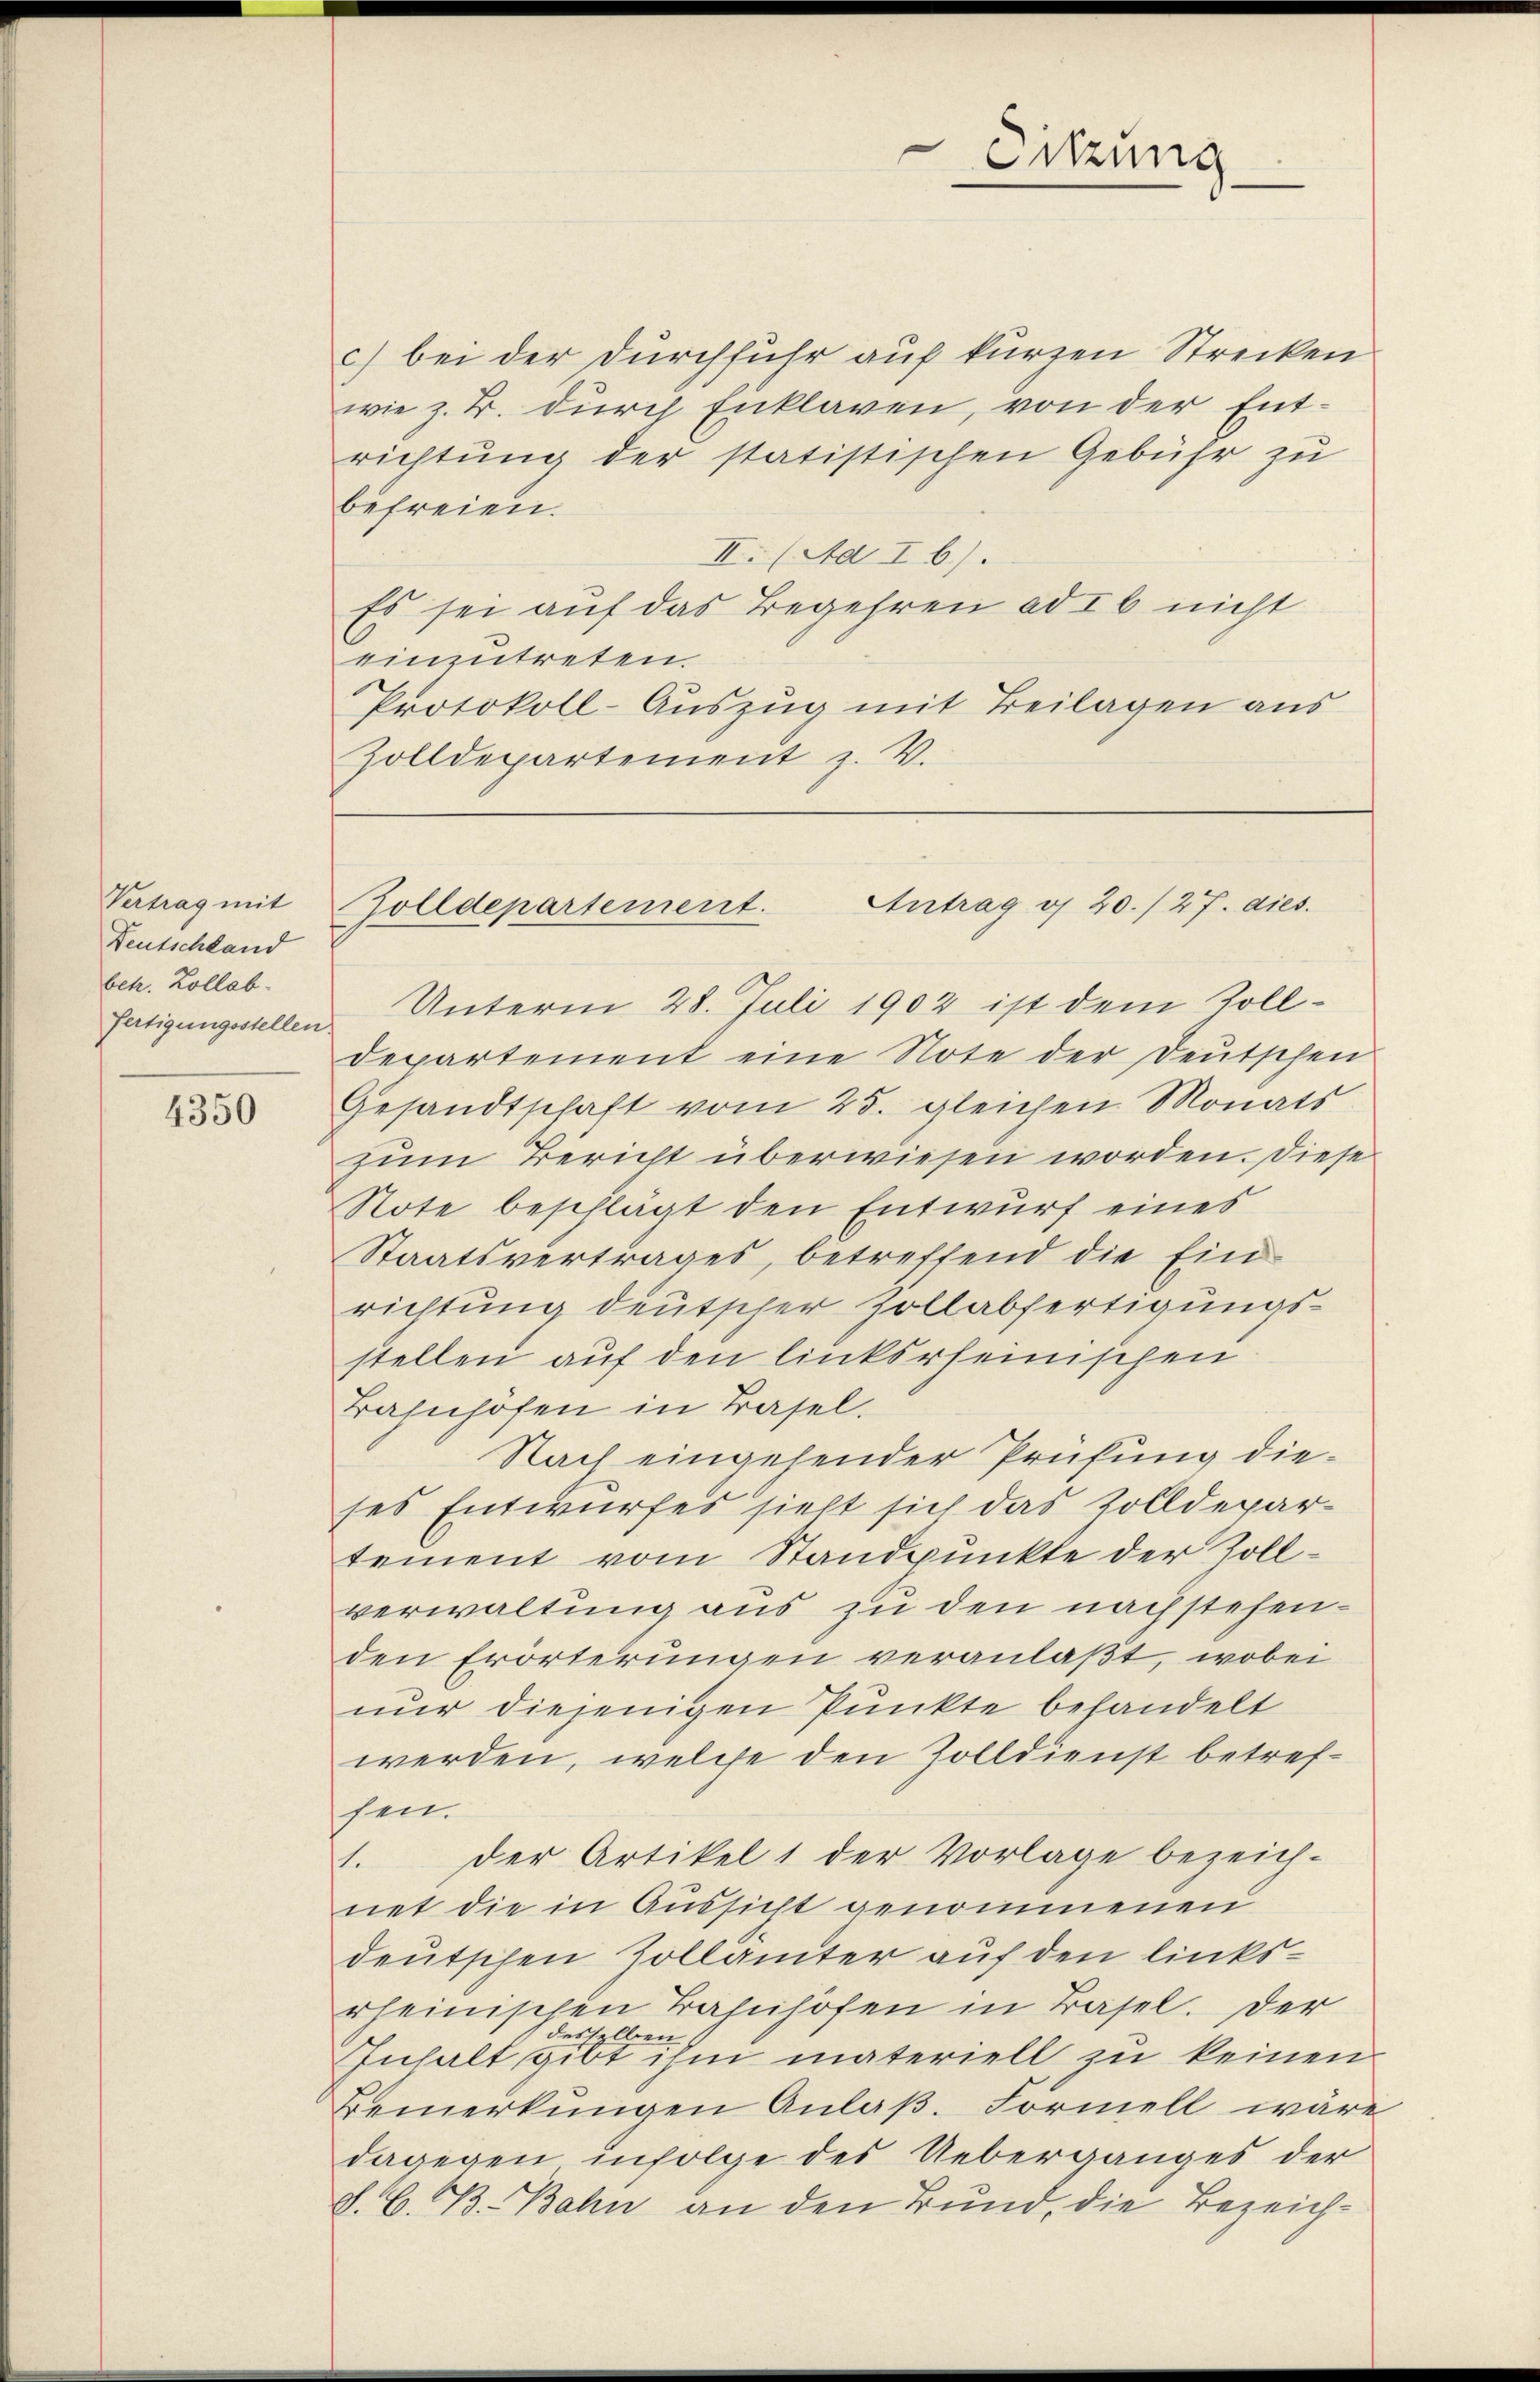
Vertrag mit
Deutschland
betr. Zollab.
fertigungsstellen

4350

c) bei der Durchführ auf kurzen Strecken
wie z. B. durch Enklaren, von der Entrichtung der statistischen Gebühr zu
befreien.
II. (Ad Ib).
Es sei auf das Begehren ad Ib nicht
einzutreten.
Protokoll-Auszug mit Beilagen aus
Zolldepartement z. V.

Sitzung

Antrag i 20./27. dies
Zolldepartement.

Unterm 28. Juli 1902 ist dem Solldepartement eine Note der Deutschen
Gesandtschaft vom 25. gleichen Monats
zum Bericht überwiesen worden. Diese
Note beschlagt den Entwurf eines
Staatsvertrages, betreffend die Ein
richtung deutscher Zollabfertigungsstellen auf den linksrheinischen
Bahnhöfen in Basel.
Nach eingehender Prüfung dieses Entwurfes hielt sich das Zolldepartement vom Standpunkte der Zollverwaltung aus zu den nachstehenden Erörterungen veranlaßt, wobei
nur diejenigen Punkte behandelt
werden, welche den Zolldienst betrefsen.
1. Der Artikel 1 der Vorlage bezeich-
net die in Aussicht genommenen
deutschen Zollämter auf den linksrheinischen Bahnhöfen in Basel. Der
desselben
Inhalt gibt ihm materiell zu keinen
Bemerkungen Anlaß. Formell wäre
dagegen infolge des Ueberganges der
d. G. B. Bahn an den Bund, die Bezeich¬